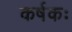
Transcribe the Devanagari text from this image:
कर्षकः